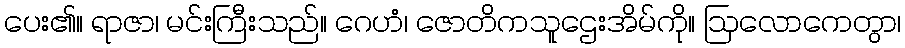
ပေး၏။ ရာဇာ၊ မင်းကြီးသည်။ ဂေဟံ၊ ဇောတိကသူဌေးအိမ်ကို။ ဩလောကေတွာ၊